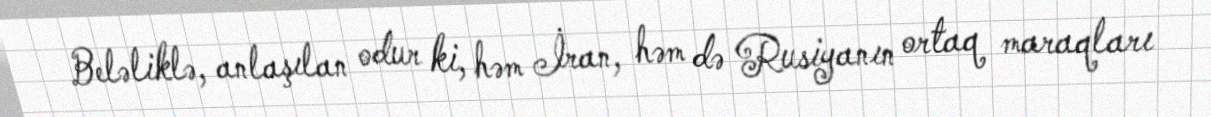
Beləliklə, anlaşılan odur ki, həm İran, həm də Rusiyanın ortaq maraqları